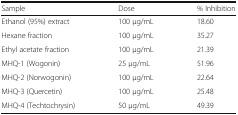
| Sample | Dose | % Inhibition |
 | --- | --- | --- |
 | Ethanol (95%) extract | 100 μg/mL | 18.60 |
 | Hexane fraction | 100 μg/mL | 35.27 |
 | Ethyl acetate fraction | 100 μg/mL | 21.39 |
 | MHQ-1 (Wogonin) | 25 μg/mL | 51.96 |
 | MHQ-2 (Norwogonin) | 100 μg/mL | 22.64 |
 | MHQ-3 (Quercetin) | 100 μg/mL | 25.48 |
 | MHQ-4 (Techtochrysin) | 50 μg/mL | 49.39 |